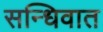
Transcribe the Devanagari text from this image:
सन्धिवात